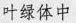
叶绿体中